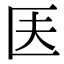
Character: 𠤱